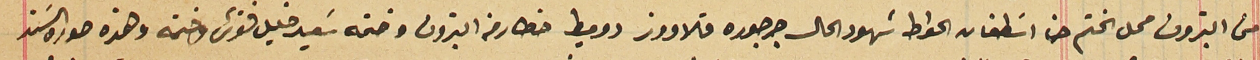
من البترون محل الختم حنا اسَطفان الحواط شهود الحال جرجوره قلاووز دوميط خطار من البترون وختمه سَعيد خليل فتوش وختمه وهذه صورة السَند